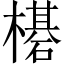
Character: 𬄯